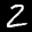
Label: 2